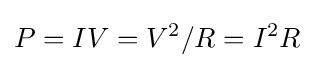
P=IV=V^{2}/R=I^{2}R